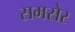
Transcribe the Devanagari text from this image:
समसेर